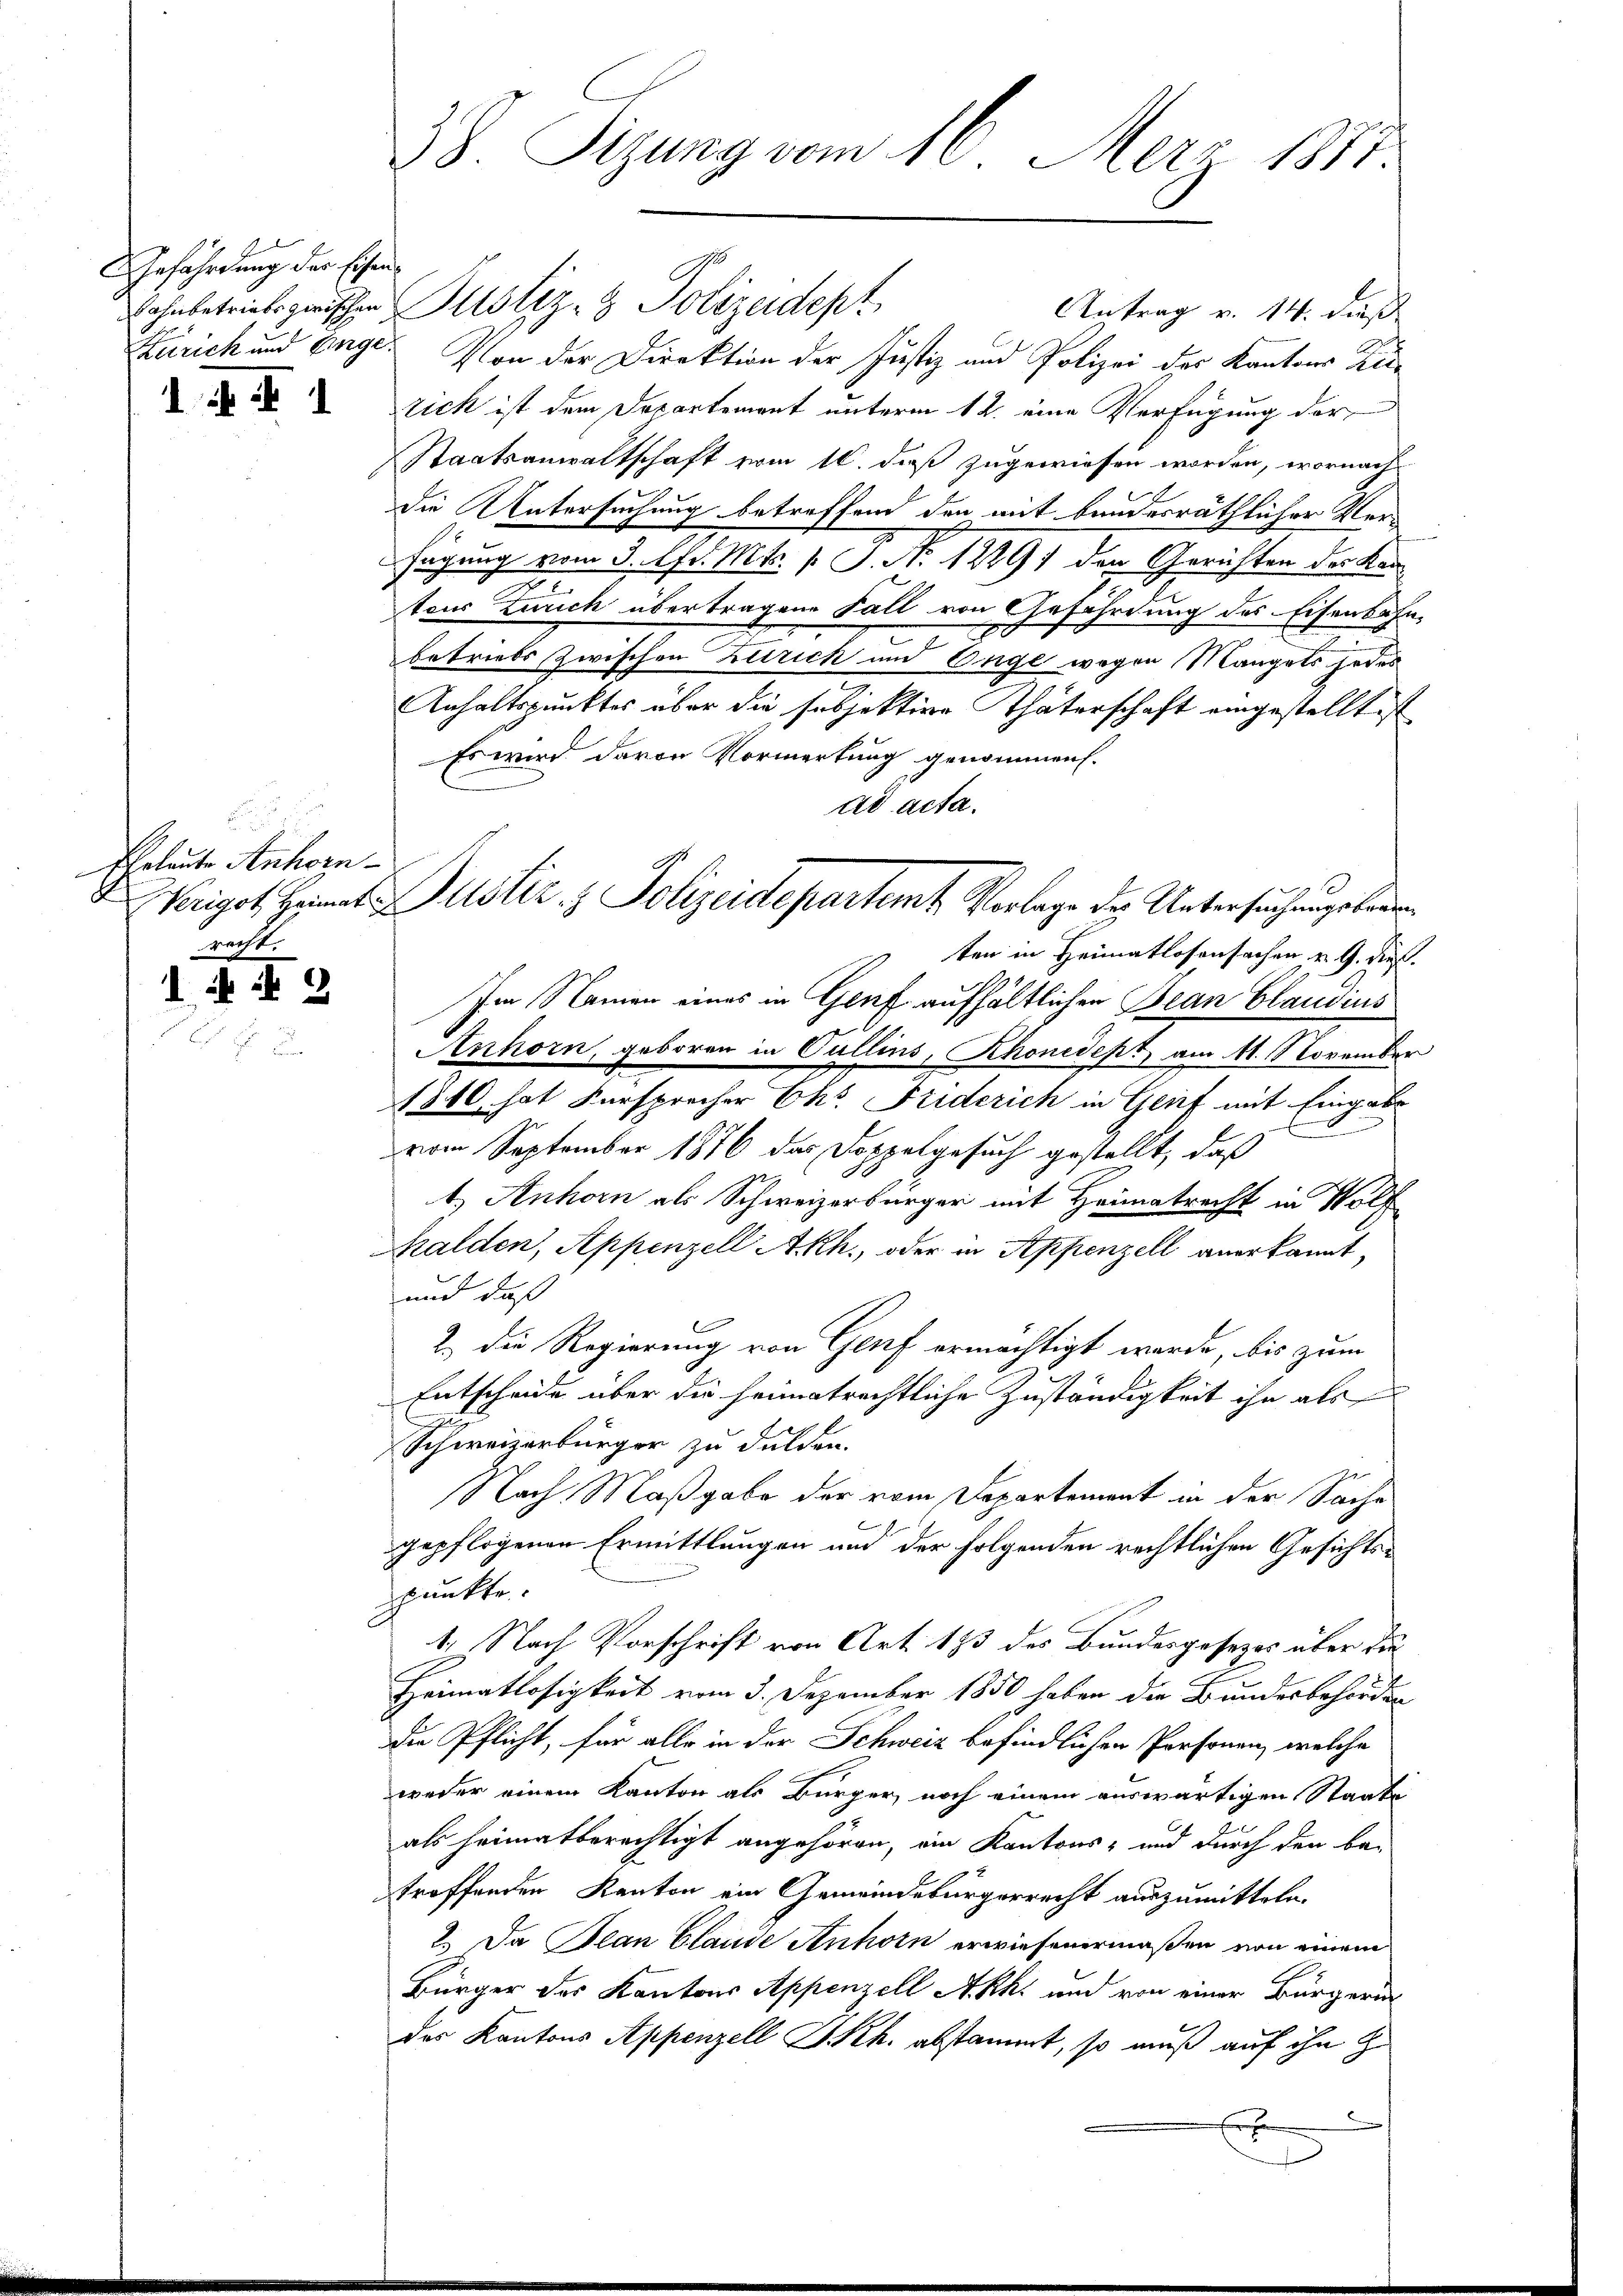
Gefährdung der Eisen¬

d.M.

Eheleute Anhorn
racht.

I. 43

38. Sizung vom 16. Merz 1883.

ohnbetriebs zwischen Justiz- & Polizeidept
Antrag v. 14. dieß
Zürich und Enge. Von der Direktion der Justiz und Polizei der Kantons Kletick ist dem Departement unterm 12. eine Verfügung der
Staatsanwaltschaft vom 16. daß zugewiesen worden, wornach
die Untersuchung betreffend den mit bandesräthlicher Verfügung vom 3. Apr. Mts. 1. P. Nr. 1289) den Gerichten der Kantons Zürich übertragen Fall von Gefährdung des Eisenbahn-
E
u
betriebs zwischen Zürich und Enge wegen Mangels jedes
Anhaltspunktes über die subjektive Thäterschaft eingestelltes
Es wird davon Vormerkung genommen.
ad acta.
ten in Heimatlosensachen u. 9. die
Im Namen eines in Genf aufhältlichen Bean Claudius
Anhorn, geboren in Cullins, Rhonedept, am 11. November
1880, hat Fürsprecher Okt. Friderich in Genf mit Eingabe
I
vom September 1876 das Doppelgesuch gestellt, daß
t. Anhörn als Schweizerbürger mit Heimatrecht in Wolf
Chalden, Appenzell Akh., oder in Appenzell anerkannt,
und daß
2.) Die Regierung von Genf ermächtigt werde, bis zum
r
Entscheide über die heimatrechtliche Zuständigkeit ihn als
Schweizerbürger zu dulden.
Nach Maßgabe der vom Departement in der Sache
gepflogenen Ermittlungen und der folgenden rechtlichen Gesichtspunkte.
1. Nach Vorschrift von Art. 183 des Bundesgesezes über die
Heimatlosigkeit vom 3. Dezember 1850 haben die Bundesbehörden
die Pflicht, für alle in der Schweiz befindlichen Personen, welche
weder einem Kanton als Bürger, noch einem auswärtigen Staats-
als heimatberechtigt angehören, ein Kantons- und durch den be-
troffenden Kanton ein Gemeindebürgerrecht auszumitteln.
2.) Da Plan Claude Anhorn erwiesenermaßen von einem
Bürger des Kantons Appenzell Akh. und von einer Bürgerin
des Kantons Appenzell I.Rh. abstammt, so muß auf ihn z
d
E

Wrigot Heimat Zustiz & Polizeidepartamt Vorlage der Untersuchungsbere